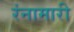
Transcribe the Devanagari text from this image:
रंनामारी